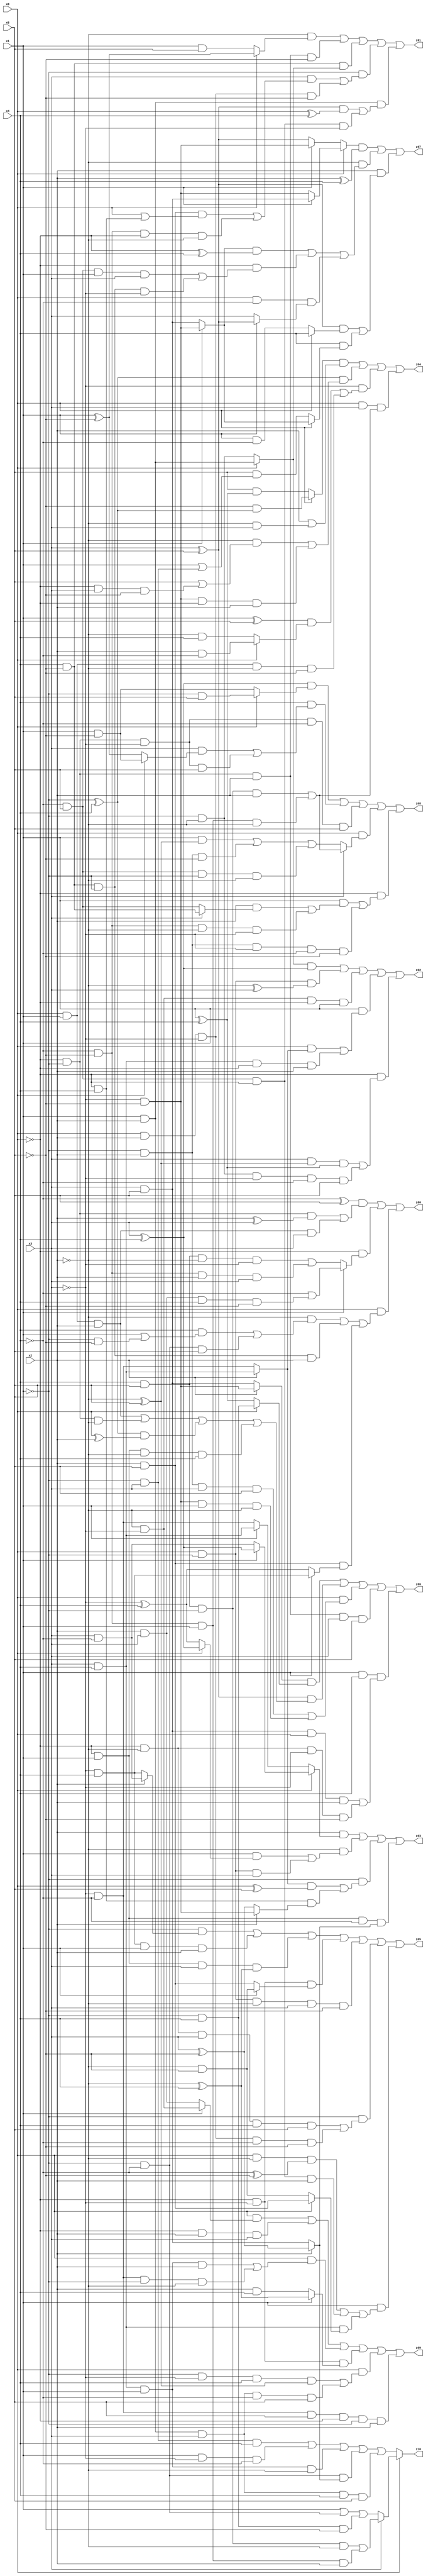
// Benchmark "X_30" written by ABC on Sat Jun 03 19:21:22 2023

module X_30 ( 
    x0, x1, x2, x3, x4, x5,
    z00, z01, z02, z03, z04, z05, z06, z07, z08, z09, z10  );
  input  x0, x1, x2, x3, x4, x5;
  output z00, z01, z02, z03, z04, z05, z06, z07, z08, z09, z10;
  assign z00 = ((~x4 ^ x5) & ((~x0 & ~x1 & (x2 ^ x3)) | (x0 & x1 & x2 & x3))) | (~x0 & (x1 ? (~x4 | (x2 & x3 & x4 & ~x5)) : ((x4 & x5 & ~x2 & ~x3) | (~x4 & ~x5 & x2 & x3)))) | (x0 & ((~x2 & ((x4 & (x1 | (~x1 & ~x5))) | (~x1 & ~x4 & x5))) | (x4 & ~x5 & ~x1 & x2) | (x2 & x5 & (x1 ? (~x3 & x4) : (~x3 ^ x4)))));
  assign z01 = (~x2 & (x0 ? (x1 ^ ~x5) : (x1 & x5))) | (~x0 & ~x1 & x2 & ~x5) | (x4 & ~x5 & (x0 ? (x1 & x2) : (~x1 & ~x2))) | (~x1 & ((x3 & ((x2 & x5 & (x0 | (~x0 & x4))) | (~x4 & ~x5 & ~x0 & ~x2))) | (x0 & x2 & ~x3 & ~x5))) | (x1 & x2 & (((x3 ^ x5) & (x0 ^ x4)) | (~x4 & x5 & ~x0 & ~x3)));
  assign z02 = ((x0 ? (x1 & x2) : (~x1 & ~x2)) & (x3 ^ x4)) | (x0 & ~x1 & (~x2 ^ x3)) | (~x2 & ~x3 & ~x0 & x1) | (x1 & ((x0 & (x2 ? (x3 & x4) : (~x3 & ~x4))) | (x3 & x4 & ~x0 & x2))) | (~x0 & ((x3 & (~x2 ^ x5) & (x1 ^ x4)) | (~x1 & ~x2 & ~x3 & ~x4 & x5)));
  assign z03 = (x2 & (x0 ? (x1 ? (x3 ^ x4) : (x3 & ~x4)) : (x1 ? (x3 & x4) : (~x3 & ~x4)))) | (~x2 & ((x1 & (x0 ? (x3 ^ x4) : (~x3 ^ x4))) | (x0 & ~x1 & x3))) | (~x1 & (((x2 ? (x3 & x4) : (~x3 & ~x4)) & (x0 ^ x5)) | (~x0 & x4 & (x2 ? (~x3 & ~x5) : (x3 ^ ~x5))))) | (~x0 & x1 & ~x4 & (x2 ? (x3 ^ ~x5) : (x3 & x5)));
  assign z04 = ((x0 ? (~x5 & (~x1 ^ x4)) : (x5 & (x1 ^ x4))) & (x2 | (~x2 & x3))) | ((~x1 ^ x4) & ((~x2 & (x5 | (~x0 & x3 & ~x5))) | (~x3 & ~x5 & ~x0 & x2))) | (~x3 & (((x1 ^ x5) & (x0 ? (x2 & ~x4) : (~x2 & x4))) | (x0 & x1 & ~x2 & ~x5))) | (x0 & x3 & ((x4 & x5 & ~x1 & x2) | (~x4 & ~x5 & x1 & ~x2)));
  assign z05 = (~x1 & (x2 ? (x3 & ~x4) : (~x3 & x4))) | (~x3 & x4 & x1 & x2) | (~x0 & x1 & x3 & (~x2 ^ x4)) | (~x0 & ~x3 & (x1 ? (~x2 & ~x5) : (x2 & x5))) | (x0 & ~x1 & ~x2 & x3 & ~x5) | (~x1 & ((~x0 & ~x2 & x3 & x4 & x5) | (x0 & x2 & ~x3 & ~x4 & ~x5))) | (x1 & ((x0 & ~x2 & (~x4 ^ ~x5)) | (~x4 & x5 & ~x0 & x2) | (x3 & x4 & (x0 ? (x2 & x5) : (~x2 & ~x5)))));
  assign z06 = ((x2 ? (~x3 & ~x5) : (x3 & x5)) & (x0 ? (~x1 & x4) : (x1 ^ x4))) | ((x3 ^ x5) & ((x0 & x1 & x2) | (~x0 & ~x1 & ~x2) | ((~x1 ^ x4) & (x0 ^ x2)) | (~x0 & x1 & ~x2 & x4))) | (x0 & ((~x1 & x2 & x3 & x5) | (~x3 & ~x5 & x1 & ~x2))) | (~x0 & ~x1 & x2 & x3 & x5) | (x1 & x4 & ((x3 & x5 & x0 & x2) | (~x0 & ~x2 & ~x3 & ~x5)));
  assign z07 = ((x0 ? (x1 ? (x3 & x5) : (~x3 & ~x5)) : (x1 ? (~x3 & ~x5) : (x3 ^ x5))) & (x2 ^ x4)) | (~x2 & (((x1 ? (~x3 & ~x5) : (x3 & x5)) & (~x0 ^ x4)) | (~x0 & ((~x4 & x5 & x1 & x3) | (x4 & ~x5 & ~x1 & ~x3))) | (x0 & ~x4 & (x1 ? (x3 ^ x5) : x3)))) | (x2 & (((x3 ^ x5) & (x0 ? x4 : (x1 & ~x4))) | (x4 & (x0 ? (x1 ? (~x3 & ~x5) : (x3 & x5)) : (x5 & (x1 | (~x1 & x3)))))));
  assign z08 = ((x3 ^ x4) & (x0 ? (~x1 & x5) : (x1 & ~x5))) | (x4 & ((x3 & (x0 ? (x1 & ~x5) : (x1 ^ ~x5))) | (~x0 & ~x1 & ~x3 & x5))) | (~x0 & ~x1 & ~x3 & ~x4 & x5) | (x0 & (x3 ? ((x4 & x5 & ~x1 & x2) | (~x4 & ~x5 & x1 & ~x2)) : ((x1 & (~x2 ^ x5)) | (~x1 & x2 & ~x5) | (~x4 & x5 & ~x1 & ~x2)))) | (~x0 & ((x1 & ((x2 & (x3 ? (x4 & ~x5) : (~x4 & x5))) | (~x4 & ~x5 & ~x2 & ~x3))) | (~x1 & x2 & ~x3 & ~x4 & ~x5)));
  assign z09 = (x0 & (x1 ? (~x2 & ~x3) : (x2 & x3))) | (~x0 & x2 & x3) | (x0 & ((x3 & x4 & x1 & x2) | (~x3 & ~x4 & ~x1 & ~x2))) | (~x0 & ~x3 & (x1 ? (~x2 ^ x4) : (x2 & x4))) | (x0 & ((~x1 & ~x3 & x4 & (~x2 ^ x5)) | (x1 & x2 & x3 & ~x4 & x5))) | (~x3 & ~x4 & x5 & ~x0 & ~x1 & x2);
  assign z10 = x0 ? (x3 ? ((x4 & x5 & ~x1 & ~x2) | (~x4 & ~x5 & x1 & x2)) : (x1 | (~x1 & ~x4) | (~x1 & x4 & ~x5))) : ((~x1 & x3 & x4) | (x1 & ~x3 & ~x4) | (x3 & x4 & x1 & ~x2) | (~x1 & ~x4 & (x2 ? (x3 ^ ~x5) : (x3 & x5))) | (x1 & x2 & x3 & x4 & x5));
endmodule